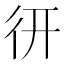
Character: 𢓄